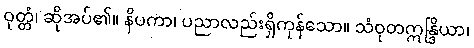
ဝုတ္တံ၊ ဆိုအပ်၏။ နိပကာ၊ ပညာလည်းရှိကုန်သော။ သံဝုတဣန္ဒြိယာ၊